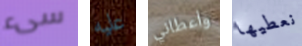
سىء عليه وأعطاني نعطيها